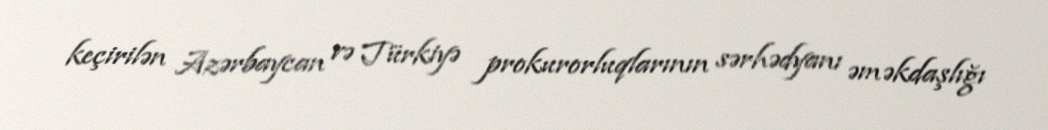
keçirilən Azərbaycan və Türkiyə prokurorluqlarının sərhədyanı əməkdaşlığı